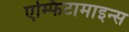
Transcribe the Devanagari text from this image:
एम्फिटामाइन्स